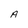
Character: A